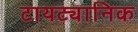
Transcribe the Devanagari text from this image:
टायट्यानिक